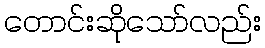
တောင်းဆိုသော်လည်း